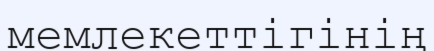
мемлекеттігінің